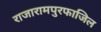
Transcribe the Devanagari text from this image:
राजारामपुरफाजिल